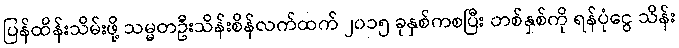
ပြန်ထိန်းသိမ်းဖို့ သမ္မတဦးသိန်းစိန်လက်ထက် ၂၀၁၅ ခုနှစ်ကစပြီး တစ်နှစ်ကို ရန်ပုံငွေ သိန်း